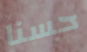
حسنا